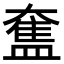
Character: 𥂙